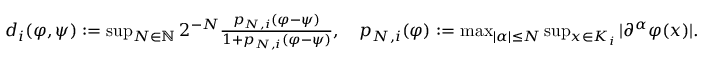
\begin{array} { r } { d _ { i } ( \varphi , \psi ) : = \operatorname* { s u p } _ { N \in \mathbb { N } } 2 ^ { - N } \frac { p _ { N , i } ( \varphi - \psi ) } { 1 + p _ { N , i } ( \varphi - \psi ) } , \ \ \ p _ { N , i } ( \varphi ) : = \operatorname* { m a x } _ { | \alpha | \leq N } \operatorname* { s u p } _ { x \in K _ { i } } | \partial ^ { \alpha } \varphi ( x ) | . } \end{array}